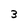
Character: 3